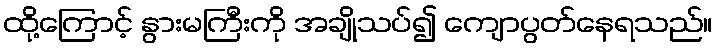
ထို့ကြောင့် နွားမကြီးကို အချိုသပ်၍ ကျောပွတ်နေရသည်။